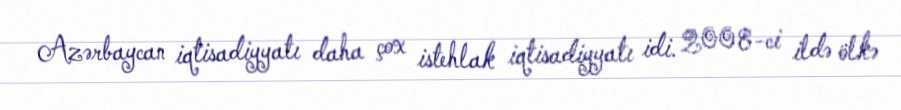
Azərbaycan iqtisadiyyatı daha çox istehlak iqtisadiyyatı idi. 2008-ci ildə ölkə